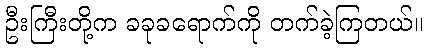
ဦးကြီးတို့က ခခုခရောက်ကို တက်ခဲ့ကြတယ်။